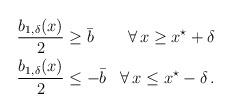
LaTeX: \begin{align*} \begin{aligned}\dfrac{b_{1,\delta}(x)}{2} &\geq \bar b &\forall \, x \geq x^\star + \delta\\\dfrac{b_{1,\delta}(x)}{2} &\leq - \bar b &\forall \, x \leq x^\star - \delta\,.\end{aligned} \end{align*}